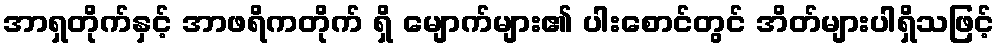
အာရှတိုက်နှင့် အာဖရိကတိုက် ရှိ မျောက်များ၏ ပါးစောင်တွင် အိတ်များပါရှိသဖြင့်